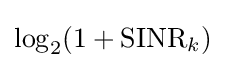
\log _{2}(1+{\textrm {SINR}}_{k})